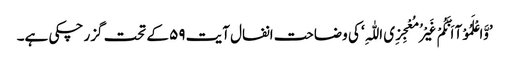
’وَّاعْلَمُوْآ اَنَّکُمْ غَیْرُ مُعْجِزِی اللّٰہِ‘ کی وضاحت انفال آیت ۵۹ کے تحت گزر چکی ہے۔